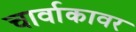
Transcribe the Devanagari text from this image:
चार्वाकावर